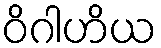
ဝိဂါဟိယ